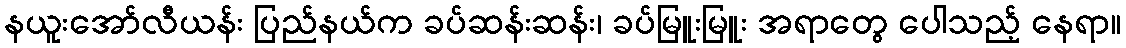
နယူးအော်လီယန်း ပြည်နယ်က ခပ်ဆန်းဆန်း၊ ခပ်မြူးမြူး အရာတွေ ပေါသည့် နေရာ။